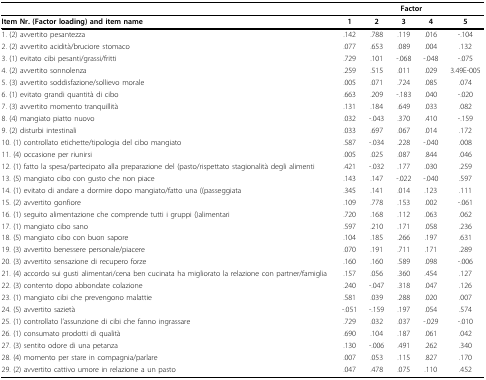
<table><thead><tr><td></td><td colspan="5"><b>Factor</b></td></tr></thead><tbody><tr><td><b>Item Nr. (Factor loading) and item name</b></td><td><b>1</b></td><td><b>2</b></td><td><b>3</b></td><td><b>4</b></td><td><b>5</b></td></tr><tr><td>1. (2) avvertito pesantezza</td><td>.142</td><td>.788</td><td>.119</td><td>.016</td><td>-.104</td></tr><tr><td>2. (2) avvertito acidità/bruciore stomaco</td><td>.077</td><td>.653</td><td>.089</td><td>.004</td><td>.132</td></tr><tr><td>3. (1) evitato cibi pesanti/grassi/fritti</td><td>.729</td><td>.101</td><td>-.068</td><td>-.048</td><td>-.075</td></tr><tr><td>4. (2) avvertito sonnolenza</td><td>.259</td><td>.515</td><td>.011</td><td>.029</td><td>3.49E-005</td></tr><tr><td>5. (3) avvertito soddisfazione/sollievo morale</td><td>.005</td><td>.071</td><td>.724</td><td>.085</td><td>.074</td></tr><tr><td>6. (1) evitato grandi quantità di cibo</td><td>.663</td><td>.209</td><td>-.183</td><td>.040</td><td>-.020</td></tr><tr><td>7. (3) avvertito momento tranquillità</td><td>.131</td><td>.184</td><td>.649</td><td>.033</td><td>.082</td></tr><tr><td>8. (4) mangiato piatto nuovo</td><td>.032</td><td>-.043</td><td>.370</td><td>.410</td><td>-.159</td></tr><tr><td>9. (2) disturbi intestinali</td><td>.033</td><td>.697</td><td>.067</td><td>.014</td><td>.172</td></tr><tr><td>10. (1) controllato etichette/tipologia del cibo mangiato</td><td>.587</td><td>-.034</td><td>.228</td><td>-.040</td><td>.008</td></tr><tr><td>11. (4) occasione per riunirsi</td><td>.005</td><td>.025</td><td>.087</td><td>.844</td><td>.046</td></tr><tr><td>12. (1) fatto la spesa/partecipato alla preparazione del (pasto/rispettato stagionalità degli alimenti</td><td>.421</td><td>-.032</td><td>.177</td><td>.030</td><td>.259</td></tr><tr><td>13. (5) mangiato cibo con gusto che non piace</td><td>.143</td><td>.147</td><td>-.022</td><td>-.040</td><td>.597</td></tr><tr><td>14. (1) evitato di andare a dormire dopo mangiato/fatto una ((passeggiata</td><td>.345</td><td>.141</td><td>.014</td><td>.123</td><td>.111</td></tr><tr><td>15. (2) avvertito gonfiore</td><td>.109</td><td>.778</td><td>.153</td><td>.002</td><td>-.061</td></tr><tr><td>16. (1) seguito alimentazione che comprende tutti i gruppi ()alimentari</td><td>.720</td><td>.168</td><td>.112</td><td>.063</td><td>.062</td></tr><tr><td>17. (1) mangiato cibo sano</td><td>.597</td><td>.210</td><td>.171</td><td>.058</td><td>.236</td></tr><tr><td>18. (5) mangiato cibo con buon sapore</td><td>.104</td><td>.185</td><td>.266</td><td>.197</td><td>.631</td></tr><tr><td>19. (3) avvertito benessere personale/piacere</td><td>.070</td><td>.191</td><td>.711</td><td>.171</td><td>.289</td></tr><tr><td>20. (3) avvertito sensazione di recupero forze</td><td>.160</td><td>.160</td><td>.589</td><td>.098</td><td>-.006</td></tr><tr><td>21. (4) accordo sui gusti alimentari/cena ben cucinata ha migliorato la relazione con partner/famiglia</td><td>.157</td><td>.056</td><td>.360</td><td>.454</td><td>.127</td></tr><tr><td>22. (3) contento dopo abbondate colazione</td><td>.240</td><td>-.047</td><td>.318</td><td>.047</td><td>.126</td></tr><tr><td>23. (1) mangiato cibi che prevengono malattie</td><td>.581</td><td>.039</td><td>.288</td><td>.020</td><td>.007</td></tr><tr><td>24. (5) avvertito sazietà</td><td>-.051</td><td>-.159</td><td>.197</td><td>.054</td><td>.574</td></tr><tr><td>25. (1) controllato l&#x27;assunzione di cibi che fanno ingrassare</td><td>.729</td><td>.032</td><td>.037</td><td>-.029</td><td>-.010</td></tr><tr><td>26. (1) consumato prodotti di qualità</td><td>.690</td><td>.104</td><td>.187</td><td>.061</td><td>.042</td></tr><tr><td>27. (3) sentito odore di una petanza</td><td>.130</td><td>-.006</td><td>.491</td><td>.262</td><td>.340</td></tr><tr><td>28. (4) momento per stare in compagnia/parlare</td><td>.007</td><td>.053</td><td>.115</td><td>.827</td><td>.170</td></tr><tr><td>29. (2) avvertito cattivo umore in relazione a un pasto</td><td>.047</td><td>.478</td><td>.075</td><td>.110</td><td>.452</td></tr></tbody></table>